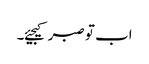
اب تو صبر کیجیئے۔